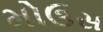
મોઉસ